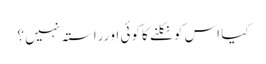
کیا اس کو نکلنے کا کوئی او رراستہ نہیں ؟